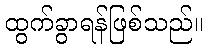
ထွက်ခွာရန်ဖြစ်သည်။